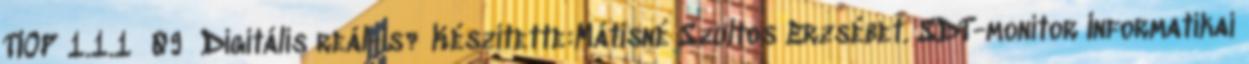
TIOP 1.1.1 09 Digitális reál-is? Készítette:Mátisné Szultos Erzsébet. SDT-monitor Informatikai